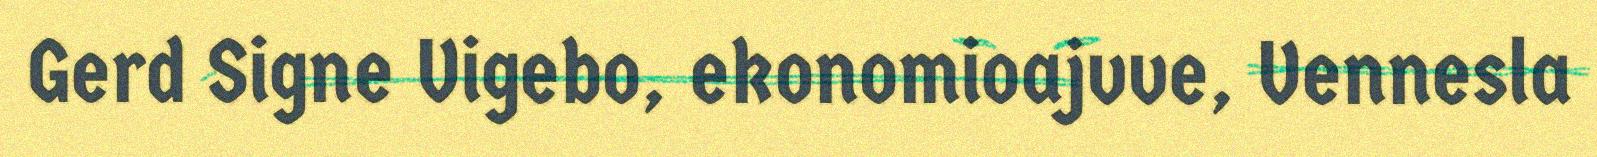
Gerd Signe Vigebo, ekonomioajvve, Vennesla